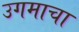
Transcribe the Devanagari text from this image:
उगमाचा